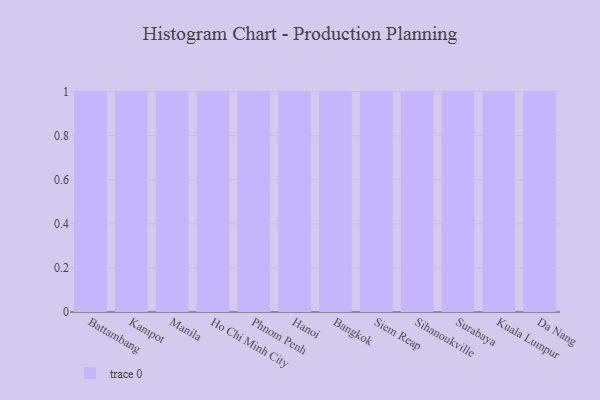
{"axis": {"x": "City", "y": "Market Share (%)"}, "legend": [""], "data": [{"x": "Battambang", "y": 40, "type": ""}, {"x": "Kampot", "y": 60, "type": ""}, {"x": "Manila", "y": 18, "type": ""}, {"x": "Ho Chi Minh City", "y": 77, "type": ""}, {"x": "Phnom Penh", "y": 76, "type": ""}, {"x": "Hanoi", "y": 26, "type": ""}, {"x": "Bangkok", "y": 2, "type": ""}, {"x": "Siem Reap", "y": 30, "type": ""}, {"x": "Sihanoukville", "y": 42, "type": ""}, {"x": "Surabaya", "y": 55, "type": ""}, {"x": "Kuala Lumpur", "y": 59, "type": ""}, {"x": "Da Nang", "y": 79, "type": ""}]}